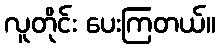
လူတိုင်း ပေးကြတယ်။